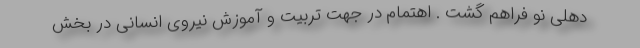
دهلی نو فراهم گشت . اهتمام در جهت تربیت و آموزش نیروی انسانی در بخش